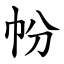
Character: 帉